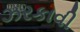
ઝરકાવી